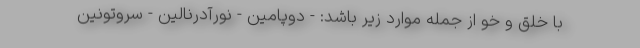
با خلق و خو از جمله موارد زیر باشد: - دوپامین - نورآدرنالین - سروتونین